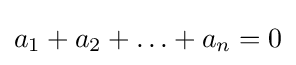
a_{1}+a_{2}+\ldots +a_{n}=0